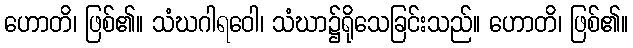
ဟောတိ၊ ဖြစ်၏။ သံဃဂါရဝေါ၊ သံဃာ၌ရိုသေခြင်းသည်။ ဟောတိ၊ ဖြစ်၏။